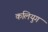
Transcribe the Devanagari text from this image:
कलियुग